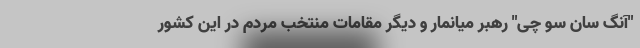
"آنگ سان سو چی" رهبر میانمار و دیگر مقامات منتخب مردم در این کشور